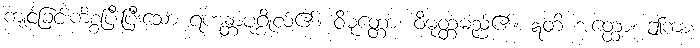
ကျင့်ခြင်းကိစ္စပြီးပြီးသော ရဟန္တာပုဂ္ဂိုလ်၏။ ဝိမုတ္တော၊ ဝိမုတ္တမည်၏။ ဣတိ အတ္ထော၊ ဤကား